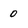
Character: 0